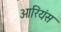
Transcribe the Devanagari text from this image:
ओरियंस